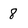
Character: 8